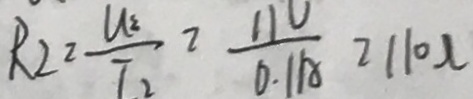
R _ { 2 } = \frac { U _ { 2 } } { I _ { 2 } } = \frac { 1 1 V } { 0 . 1 A } = 1 1 0 \Omega